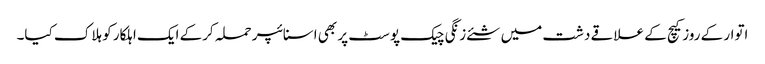
اتوار کے روزکیچ کے علاقے دشت میں شئے زنگی چیک پوسٹ پر بھی اسنائپر حملہ کرکے ایک اہلکار کو ہلاک کیا۔